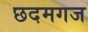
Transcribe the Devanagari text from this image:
छदमगज